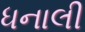
ધનાલી